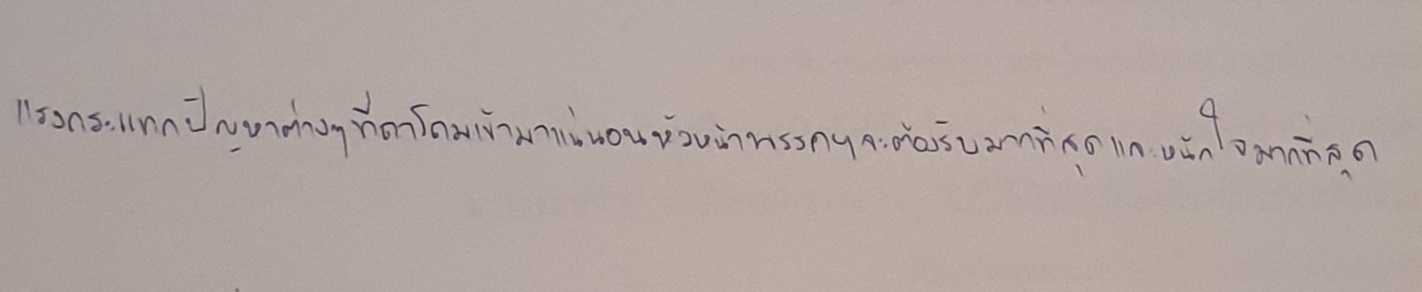
แรงกระแทกปัญหาต่างๆที่ถาโถมเข้ามาแน่นอนหัวหน้าพรรคฯจะต้องรับมากที่สุดและหนักใจมากที่สุด